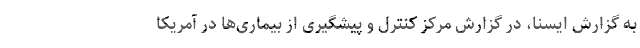
به گزارش ایسنا، در گزارش مرکز کنترل و پیشگیری از بیماری‌ها در آمریکا